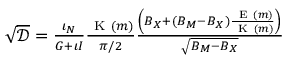
\begin{array} { r } { \sqrt { \mathcal { D } } = \frac { \iota _ { N } } { G + \iota I } \frac { \mathrm { ~ K ~ } ( m ) } { \pi / 2 } \frac { \left( B _ { X } + ( B _ { M } - B _ { X } ) \frac { \mathrm { ~ E ~ } ( m ) } { \mathrm { ~ K ~ } ( m ) } \right) } { \sqrt { B _ { M } - B _ { X } } } } \end{array}